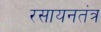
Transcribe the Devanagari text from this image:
रसायनतंत्र